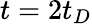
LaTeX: t=2t_{D}